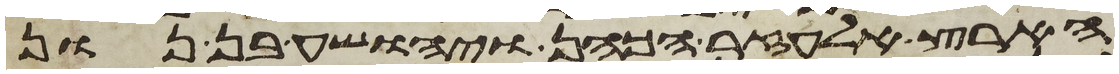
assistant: הארץ אלעזר הכהן ויהושע בן נון